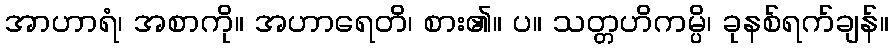
အာဟာရံ၊ အစာကို။ အဟာရေတိ၊ စား၏။ ပ။ သတ္တဟိကမ္ပိ၊ ခုနစ်ရက်ချန်။